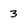
Character: 3